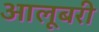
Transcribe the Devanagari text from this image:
आलूबरी